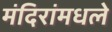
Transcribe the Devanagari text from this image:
मंदिरांमधले